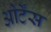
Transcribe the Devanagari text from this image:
ओर्टेंस